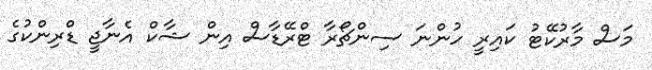
މަސް މާރުކޭޓު ކައިރީ ހުންނަ ސިންޗޯރާ ޓްރޭޑާސް އިން ޝާކް އެނާޖީ ޑްރިންކުގެ